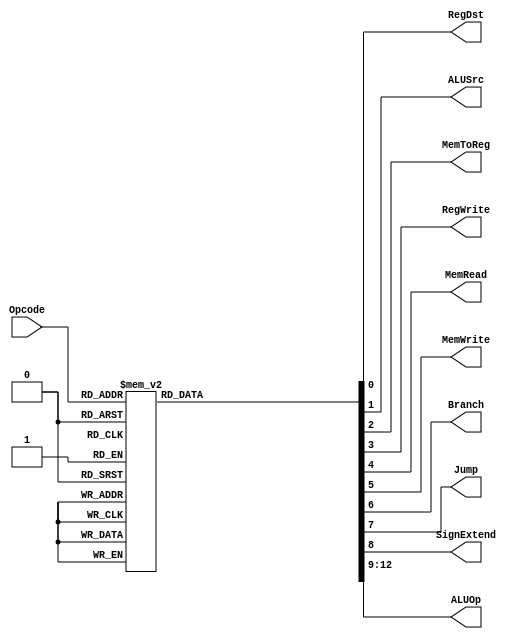
`timescale 1ns / 1ps

`define RTYPEOPCODE	6'b000000
`define LWOPCODE		6'b100011
`define SWOPCODE		6'b101011
`define BEQOPCODE		6'b000100
`define JOPCODE		6'b000010
`define ORIOPCODE		6'b001101
`define ADDIOPCODE	6'b001000
`define ADDIUOPCODE	6'b001001
`define ANDIOPCODE	6'b001100
`define LUIOPCODE		6'b001111
`define SLTIOPCODE	6'b001010
`define SLTIUOPCODE	6'b001011
`define XORIOPCODE	6'b001110

`define AND		4'b0000
`define OR		4'b0001
`define ADD 	4'b0010
`define SLL 	4'b0011
`define SRL 	4'b0100
`define SUB 	4'b0110
`define SLT 	4'b0111
`define ADDU	4'b1000
`define SUBU	4'b1001
`define XOR		4'b1010
`define SLTU	4'b1011
`define NOR		4'b1100
`define SRA		4'b1101
`define LUI		4'b1110
`define FUNC	4'b1111

module SingleCycleControl(RegDst, ALUSrc, MemToReg, RegWrite, MemRead, MemWrite, Branch, Jump, SignExtend, ALUOp, Opcode);
   input [5:0] Opcode;
   output RegDst;
   output ALUSrc;
   output MemToReg;
   output RegWrite;
   output MemRead;
   output MemWrite;
   output Branch;
   output Jump;
	output SignExtend;
   output [3:0] ALUOp;
	 
	reg	RegDst, ALUSrc, MemToReg, RegWrite, MemRead, MemWrite, Branch, Jump, SignExtend;
	reg  [3:0] ALUOp;
	always @ (Opcode) begin
		case(Opcode) //different types of instruction. basically just copied control signals from the table from prelab. 
			`RTYPEOPCODE: begin
				RegDst <= #2 1;
				ALUSrc <= #2 0;
				MemToReg <= #2 0;
				RegWrite <= #2 1;
				MemRead <= #2 0;
				MemWrite <= #2 0;
				Branch <= #2 0;
				Jump <= #2 0;
				SignExtend <= #2 1'bX; 
				ALUOp <= #2 `FUNC;
				//$display("r type");
			end
			`LWOPCODE: begin
				RegDst <= #2 0;
				ALUSrc <= #2 1;
				MemToReg <= #2 1;
				RegWrite <= #2 1;
				MemRead <= #2 1;
				MemWrite <= #2 0;
				Branch <= #2 0;
				Jump <= #2 0;
				SignExtend <= #2 1; 
				ALUOp <= #2 `ADD;
				//$display("lw");
			end
			`SWOPCODE: begin
				RegDst <= #2 1'bX;
				ALUSrc <= #2 1;
				MemToReg <= #2 1'bX;
				RegWrite <= #2 0;
				MemRead <= #2 0;
				MemWrite <= #2 1;
				Branch <= #2 0;
				Jump <= #2 0;
				SignExtend <= #2 1;	
				ALUOp <= #2 `ADD;
			//	$display("sw");
			end
			`BEQOPCODE: begin
				RegDst <= #2 1'bX;
				ALUSrc <= #2 0;
				MemToReg <= #2 1'bX;
				RegWrite <= #2 0;
				MemRead <= #2 0;
				MemWrite <= #2 0;
				Branch <= #2 1;
				Jump <= #2 0;
				SignExtend <= #2 1'bX;	
				ALUOp <= #2 `SUB;
			//	$display("beq");
			end
			`JOPCODE: begin
				RegDst <= #2 1'bX;
				ALUSrc <= #2 0;	
				MemToReg <= #2 1'bX;
				RegWrite <= #2 0;
				MemRead <= #2 0;
				MemWrite <= #2 0;
				Branch <= #2 0;
				Jump <= #2 1;
				SignExtend <= #2 1'bX;
				ALUOp <= #2 4'bX;
				//$display("j");
			end
			`ORIOPCODE: begin
				RegDst <= #2 0;
				ALUSrc <= #2 1;
				MemToReg <= #2 0;
				RegWrite <= #2 1;
				MemRead <= #2 0;
				MemWrite <= #2 0;
				Branch <= #2 0;
				Jump <= #2 0;
				SignExtend <= #2 0; 
				ALUOp <= #2 `OR;
				//$display("ori");
			end
			`ADDIOPCODE: begin
				RegDst <= #2 0;
				ALUSrc <= #2 1;
				MemToReg <= #2 0;
				RegWrite <= #2 1;
				MemRead <= #2 0;
				MemWrite <= #2 0;
				Branch <= #2 0;
				Jump <= #2 0;
				SignExtend <= #2 1;
				ALUOp <= #2 `ADD;
				//$display("addi");
			end
			`ADDIUOPCODE: begin
				RegDst <= #2 0;
				ALUSrc <= #2 1;
				MemToReg <= #2 0;
				RegWrite <= #2 1;
				MemRead <= #2 0;
				MemWrite <= #2 0;
				Branch <= #2 0;
				Jump <= #2 0;
				SignExtend <= #2 0;
				ALUOp <= #2 `ADDU;
				//$display("addu");
			end
			`ANDIOPCODE: begin
				RegDst <= #2 0;
				ALUSrc <= #2 1;
				MemToReg <= #2 0;
				RegWrite <= #2 1;
				MemRead <= #2 0;
				MemWrite <= #2 0;
				Branch <= #2 0;
				Jump <= #2 0;
				SignExtend <= #2 0;
				ALUOp <= #2 `AND;
				//$display("andi");
			end
			`LUIOPCODE: begin
				RegDst <= #2 0;
				ALUSrc <= #2 1;
				MemToReg <= #2 0;
				RegWrite <= #2 1;
				MemRead <= #2 0;
				MemWrite <= #2 0;
				Branch <= #2 0;
				Jump <= #2 0;
				SignExtend <= #2 1'bx;
				ALUOp <= #2 `LUI;
				//$display("lui");
			end
			`SLTIOPCODE: begin
				RegDst <= #2 0;
				ALUSrc <= #2 1;
				MemToReg <= #2 0;
				RegWrite <= #2 1;
				MemRead <= #2 0;
				MemWrite <= #2 0;
				Branch <= #2 0;
				Jump <= #2 0;
				SignExtend <= #2 1;	
				ALUOp <= #2 `SLT;
				//$display("slti");
			end
			`SLTIUOPCODE: begin
				RegDst <= #2 0;
				ALUSrc <= #2 1;
				MemToReg <= #2 0;
				RegWrite <= #2 1;
				MemRead <= #2 0;
				MemWrite <= #2 0;
				Branch <= #2 0;
				Jump <= #2 0;
				SignExtend <= #2 1;
				ALUOp <= #2 `SLTU;
				//$display("sltiu");
			end
			`XORIOPCODE: begin
				RegDst <= #2 0;
				ALUSrc <= #2 1;
				MemToReg <= #2 0;
				RegWrite <= #2 1;
				MemRead <= #2 0;
				MemWrite <= #2 0;
				Branch <= #2 0;
				Jump <= #2 0;
				SignExtend <= #2 0;	
				ALUOp <= #2 `XOR;
				//$display("xori");
			end
			default: begin
				RegDst <= #2 1'bX;
				ALUSrc <= #2 1'bX;
				MemToReg <= #2 1'bX;
				RegWrite <= #2 1'bX;
				MemRead <= #2 1'bX;
				MemWrite <= #2 1'bX;
				Branch <= #2 1'bX;
				Jump <= #2 1'bX;
				SignExtend <= #2 1'bX;
				ALUOp <= #2 4'bXXXX;
				//$display("failed");
			end
		endcase
	end
endmodule